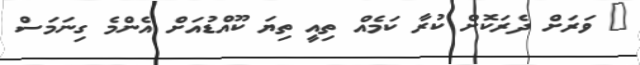
@ ވަރަށް ދެރަކޮށް ކުރާ ކަމެއް ތިއީ ތިޔަ ކޫއްޑުއަށް އެންމެ ގިނަމަސް